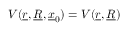
V ( \underline { { r } } , \underline { { R } } , \underline { { x } } _ { 0 } ) = V ( \underline { { r } } , \underline { { R } } )